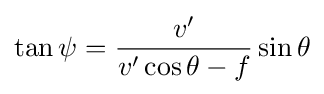
\tan \psi ={\frac {v'}{v'\cos \theta -f}}\sin \theta